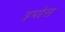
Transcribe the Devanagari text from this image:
इपोस